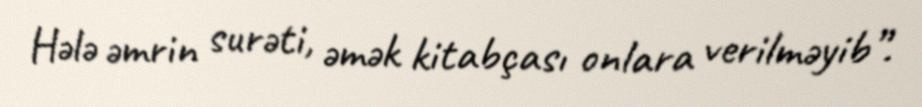
Hələ əmrin surəti, əmək kitabçası onlara verilməyib”.